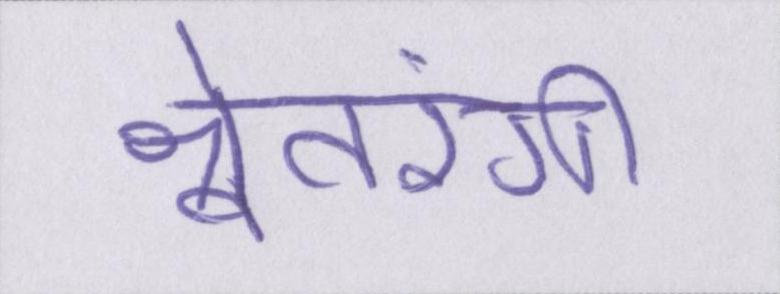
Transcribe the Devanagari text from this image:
श्वेतरंगी